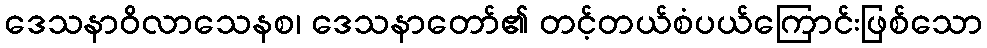
ဒေသနာဝိလာသေနစ၊ ဒေသနာတော်၏ တင့်တယ်စံပယ်ကြောင်းဖြစ်သော